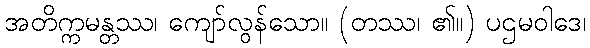
အတိက္ကမန္တဿ၊ ကျော်လွန်သော။ (တဿ၊ ၏။) ပဌမဝါဒေ၊